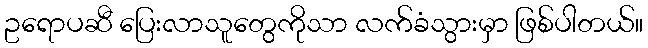
ဥရောပဆီ ပြေးလာသူတွေကိုသာ လက်ခံသွားမှာ ဖြစ်ပါတယ်။